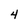
Character: 4